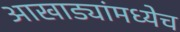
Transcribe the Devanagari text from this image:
आखाड्यांमध्येच